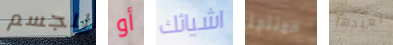
للجسم أو اشيائك المنتجة نعيدها